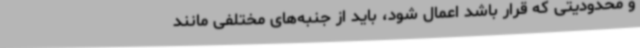
و محدودیتی که قرار باشد اعمال شود، باید از جنبه‌های مختلفی مانند